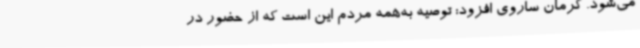
می‌شود. کرمان ساروی افزود: توصیه به‌همه مردم این است که از حضور در